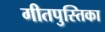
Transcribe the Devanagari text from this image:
गीतपुस्तिका